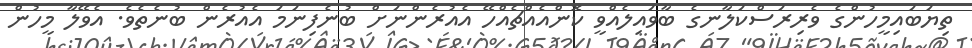
ތިޔަބައިމީހުންގެ ވެރިރަސްކަލާނގެ ބާވައިލެއްވީ ކޮންއެއްޗެއްހޭ އެއުރެންނަށް ބުނެފިނަމަ އެއުރެން ބުނެތެވެ. އެވޭލާ މީހުން